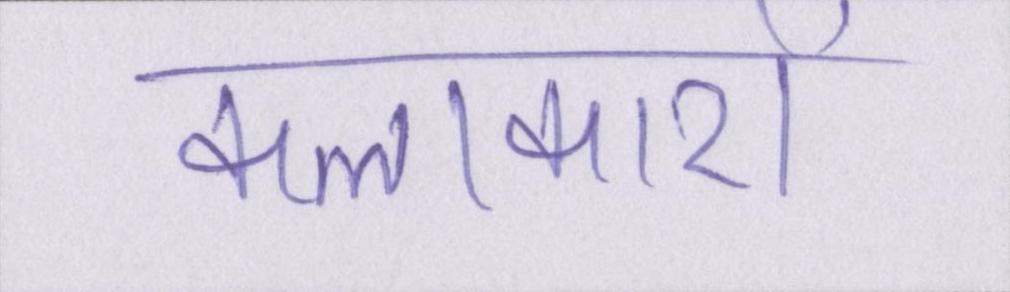
कलाकारों